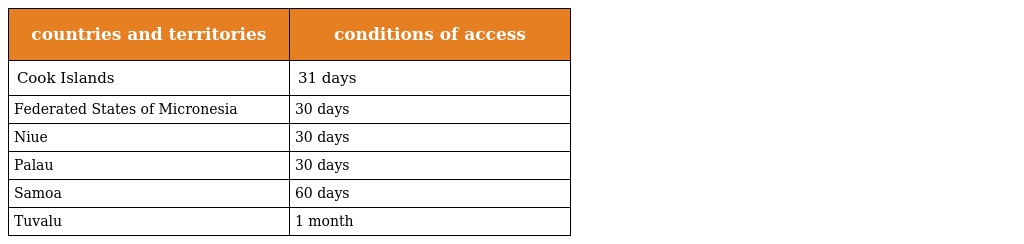
| countries and territories | conditions of access |
 | --- | --- |
 | Cook Islands | 31 days |
 | Federated States of Micronesia | 30 days |
 | Niue | 30 days |
 | Palau | 30 days |
 | Samoa | 60 days |
 | Tuvalu | 1 month |